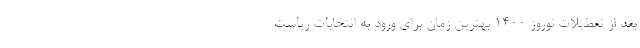
بعد از تعطیلات نوروز ۱۴۰۰ بهترین زمان برای ورود به انتخابات ریاست